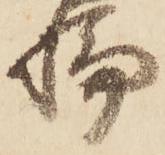
輪